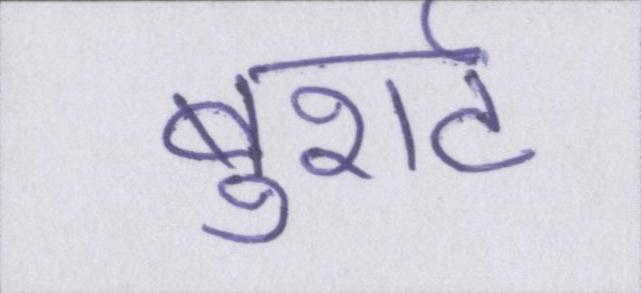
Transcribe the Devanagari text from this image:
बुशर्ट